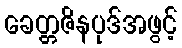
ခေတ္တဇိနပုဒ်အဖွင့်